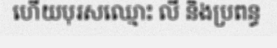
ហើយបុរសឈ្មោះ លី និងប្រពន្ធ